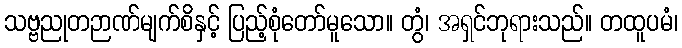
သဗ္ဗညုတဉာဏ်မျက်စိနှင့် ပြည့်စုံတော်မူသော။ တွံ၊ အရှင်ဘုရားသည်။ တထူပမံ၊